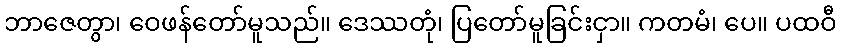
ဘာဇေတွာ၊ ဝေဖန်တော်မူသည်။ ဒေဿတုံ၊ ပြတော်မူခြင်းငှာ။ ကတမံ၊ ပေ။ ပထဝီ